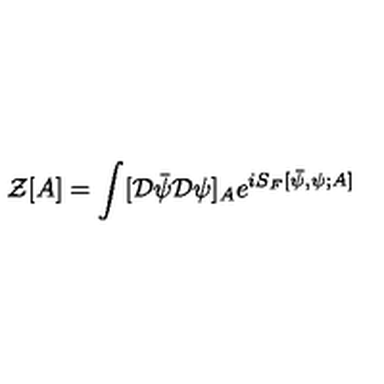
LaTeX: { \mathcal Z } [ A ] = \int [ { \mathcal D } { \bar { \psi } } { \mathcal D } \psi ] _ { A } e ^ { i S _ { F } [ { \bar { \psi } } , \psi ; A ] }